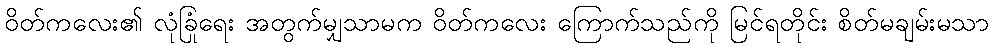
ဝိတ်ကလေး၏ လုံခြုံရေး အတွက်မျှသာမက ဝိတ်ကလေး ကြောက်သည်ကို မြင်ရတိုင်း စိတ်မချမ်းမသာ